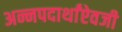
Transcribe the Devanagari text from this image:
अन्नपदार्थांऐवजी